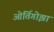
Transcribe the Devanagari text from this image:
ओर्तिगोझा